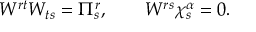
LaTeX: W ^ { r t } W _ { t s } = \Pi _ { s } ^ { r } , \qquad W ^ { r s } \chi _ { s } ^ { \alpha } = 0 .